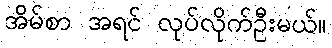
အိမ်စာ အရင် လုပ်လိုက်ဦးမယ်။